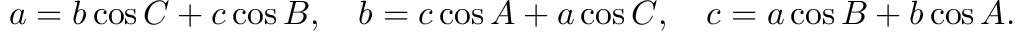
a = b \cos C + c \cos B , \quad b = c \cos A + a \cos C , \quad c = a \cos B + b \cos A .